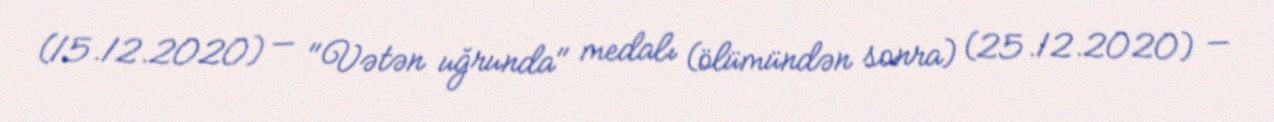
(15.12.2020) — "Vətən uğrunda" medalı (ölümündən sonra) (25.12.2020) —